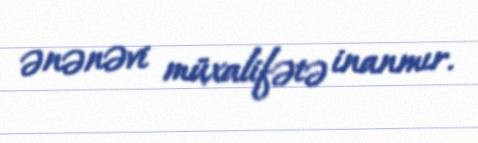
ənənəvi müxalifətə inanmır.